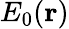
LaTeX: E_{0}(\mathbf{r})